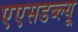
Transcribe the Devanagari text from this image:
एएसडब्ल्यू